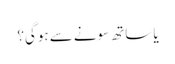
یا ساتھ سونے سے ہوگی؟